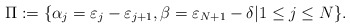
\begin{align*}\Pi := \{ \alpha_j=\varepsilon_j-\varepsilon_{j+1}, \beta=\varepsilon_{N+1}-\delta | 1\leq j\leq N\}.\end{align*}